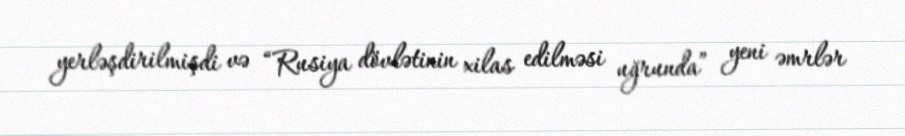
yerləşdirilmişdi və “Rusiya dövlətinin xilas edilməsi uğrunda” yeni əmrlər